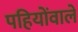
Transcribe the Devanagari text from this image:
पहियोंवाले